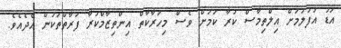
އަޑު އުފުލުމަށް އިލްތިމާސް ކުރާ ކަމަށް ވެސް މިހަރާކާތް އިންތިޒާމްކުރާ ފަރާތްތަކުން އެދެއެވެ.